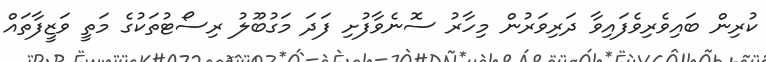
ކުރިން ބައިވެރިވެފައިވާ ދަރިވަރުން މިހާރު ސޮނެވާފުށި ފަދަ މަގުބޫލު ރިސޯޓުތަކުގެ މަތީ ވަޒީފާތައް